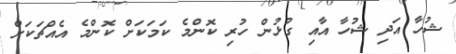
ޝުހާ އަދި ޝުހާ އާއި ގުޅުން ހުރި ކޮންމެ ކަމަކަށް ކޮންމެ އެއްޗަކަށް